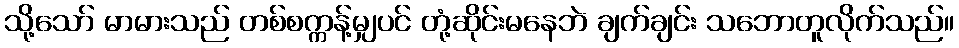
သို့သော် မာမားသည် တစ်စက္ကန့်မျှပင် တုံ့ဆိုင်းမနေဘဲ ချက်ချင်း သဘောတူလိုက်သည်။